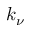
k _ { \nu }